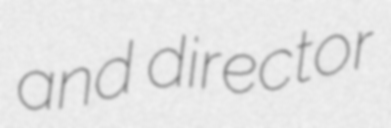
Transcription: and director